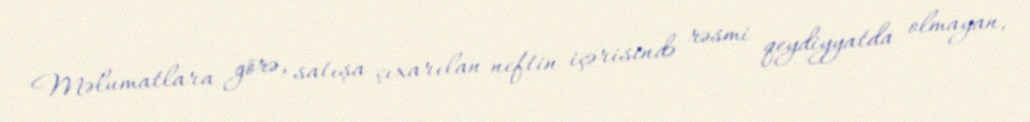
Məlumatlara görə, satışa çıxarılan neftin içərisində rəsmi qeydiyyatda olmayan,